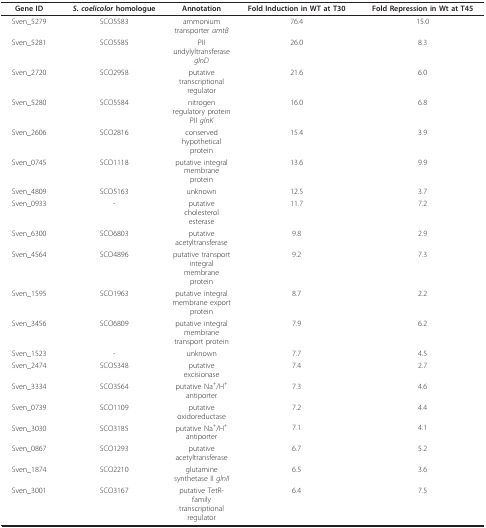
<table><thead><tr><td><b>Gene ID</b></td><td><b><i>S. coelicolor </i>homologue</b></td><td><b>Annotation</b></td><td><b>Fold Induction in WT at T30</b></td><td><b>Fold Repression in Wt at T45</b></td></tr></thead><tbody><tr><td>Sven_5279</td><td>SCO5583</td><td>ammonium transporter <i>amtB</i></td><td>76.4</td><td>15.0</td></tr><tr><td>Sven_5281</td><td>SCO5585</td><td>PII uridylyltransferase <i>glnD</i></td><td>26.0</td><td>8.3</td></tr><tr><td>Sven_2720</td><td>SCO2958</td><td>putative transcriptional regulator</td><td>21.6</td><td>6.0</td></tr><tr><td>Sven_5280</td><td>SCO5584</td><td>nitrogen regulatory protein PII <i>glnK</i></td><td>16.0</td><td>6.8</td></tr><tr><td>Sven_2606</td><td>SCO2816</td><td>conserved hypothetical protein</td><td>15.4</td><td>3.9</td></tr><tr><td>Sven_0745</td><td>SCO1118</td><td>putative integral membrane protein</td><td>13.6</td><td>9.9</td></tr><tr><td>Sven_4809</td><td>SCO5163</td><td>unknown</td><td>12.5</td><td>3.7</td></tr><tr><td>Sven_0933</td><td>-</td><td>putative cholesterol esterase</td><td>11.7</td><td>7.2</td></tr><tr><td>Sven_6300</td><td>SCO6803</td><td>putative acetyltransferase</td><td>9.8</td><td>2.9</td></tr><tr><td>Sven_4564</td><td>SCO4896</td><td>putative transport integral membrane protein</td><td>9.2</td><td>7.3</td></tr><tr><td>Sven_1595</td><td>SCO1963</td><td>putative integral membrane export protein</td><td>8.7</td><td>2.2</td></tr><tr><td>Sven_3456</td><td>SCO6809</td><td>putative integral membrane transport protein</td><td>7.9</td><td>6.2</td></tr><tr><td>Sven_1523</td><td>-</td><td>unknown</td><td>7.7</td><td>4.5</td></tr><tr><td>Sven_2474</td><td>SCO5348</td><td>putative excisionase</td><td>7.4</td><td>2.7</td></tr><tr><td>Sven_3334</td><td>SCO3564</td><td>putative Na<sup>+</sup>/H<sup>+ </sup>antiporter</td><td>7.3</td><td>4.6</td></tr><tr><td>Sven_0739</td><td>SCO1109</td><td>putative oxidoreductase</td><td>7.2</td><td>4.4</td></tr><tr><td>Sven_3030</td><td>SCO3185</td><td>putative Na<sup>+</sup>/H<sup>+ </sup>antiporter</td><td>7.1</td><td>4.1</td></tr><tr><td>Sven_0867</td><td>SCO1293</td><td>putative acetyltransferase</td><td>6.7</td><td>5.2</td></tr><tr><td>Sven_1874</td><td>SCO2210</td><td>glutamine synthetase II <i>glnII</i></td><td>6.5</td><td>3.6</td></tr><tr><td>Sven_3001</td><td>SCO3167</td><td>putative TetR-family transcriptional regulator</td><td>6.4</td><td>7.5</td></tr></tbody></table>